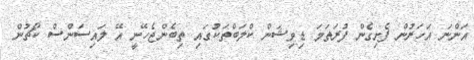
އަންނަ އަހަރުން ފެށިގެން ފުރަތަމަ ޑިވިޝަން ކްލަބްތަކުގައި ތިބެންޖެހޭނީ އޭ ލައިސަންސް ކޯޗުން